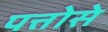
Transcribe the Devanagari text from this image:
पत्तोसे